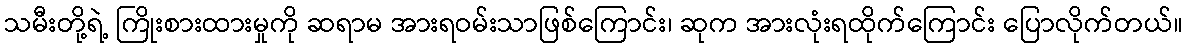
သမီးတို့ရဲ့ ကြိုးစားထားမှုကို ဆရာမ အားရဝမ်းသာဖြစ်ကြောင်း၊ ဆုက အားလုံးရထိုက်ကြောင်း ပြောလိုက်တယ်။